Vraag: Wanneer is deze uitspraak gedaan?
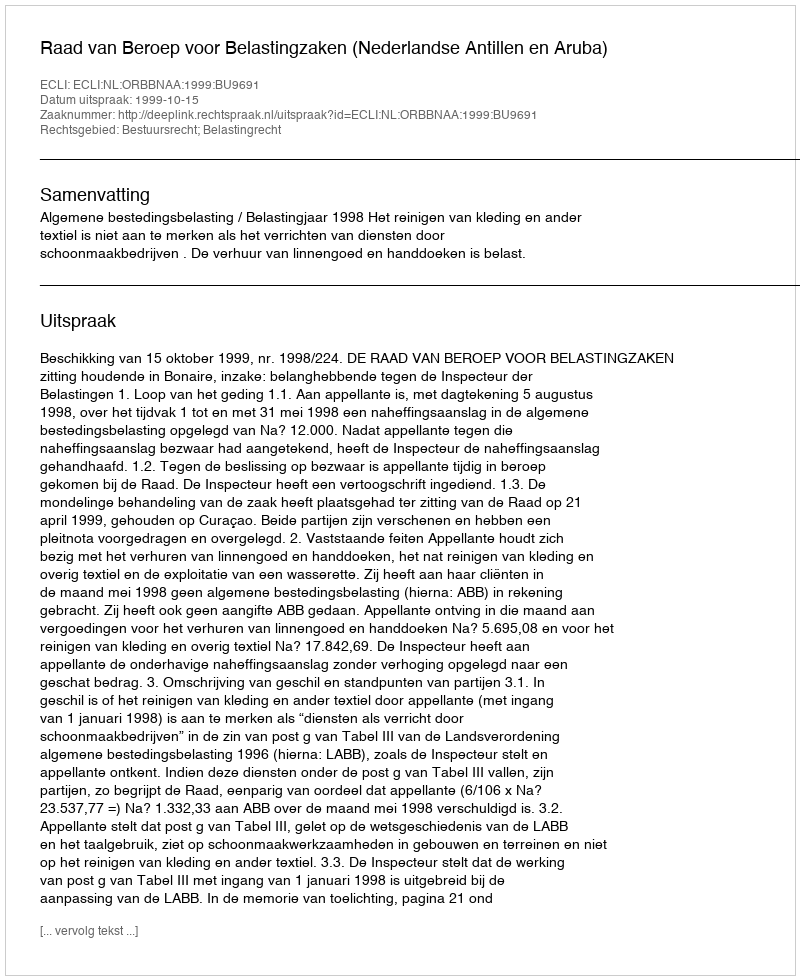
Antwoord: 1999-10-15